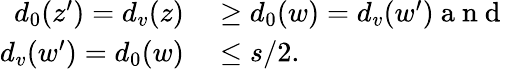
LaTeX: \begin{array}{rl}{d_{0}(z^{\prime})=d_{v}(z)}&{{}\geq d_{0}(w)=d_{v}(w^{\prime})\mathrm{~a~n~d~}}\\ {d_{v}(w^{\prime})=d_{0}(w)}&{{}\leq s/2.}\end{array}